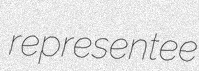
representee